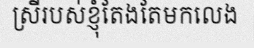
ស្រីរបស់ខ្ញុំតែងតែមកលេង